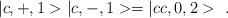
LaTeX: \begin{align*}|c,+,1>|c,-,1> = |cc,0,2> \ .\end{align*}